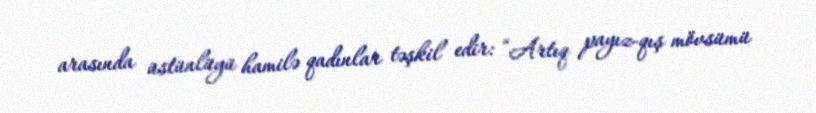
arasında üstünlüyü hamilə qadınlar təşkil edir: “Artıq payız-qış mövsümü